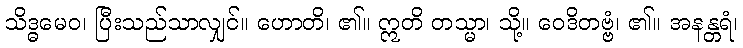
သိဒ္ဓမေဝ၊ ပြီးသည်သာလျှင်။ ဟောတိ၊ ၏။ ဣတိ တသ္မာ၊ သို့။ ဝေဒိတဗ္ဗံ၊ ၏။ အနန္တရံ၊